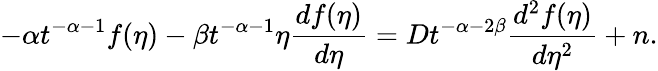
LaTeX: -\alpha t^{-\alpha-1}f(\eta)-\beta t^{-\alpha-1}\eta\frac{df(\eta)}{d\eta}=Dt^{-\alpha-2\beta}\frac{d^{2}f(\eta)}{d\eta^{2}}+n.